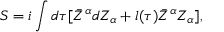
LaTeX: S = i \int d \tau [ \bar { Z } ^ { \alpha } d Z _ { \alpha } + l ( \tau ) \bar { Z } ^ { \alpha } Z _ { \alpha } ] ,